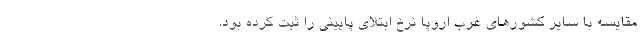
مقایسه با سایر کشورهای غرب اروپا نرخ ابتلای پایینی را ثبت کرده بود.